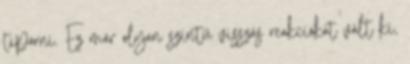
tiporni. Ez már olyan szintű visszás reakciókat vált ki,